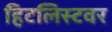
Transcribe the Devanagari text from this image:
हिटलिस्टवर